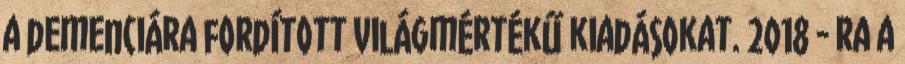
a demenciára fordított világmértékű kiadásokat. 2018 - ra a